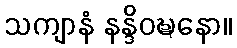
သကျာနံ နန္ဒိဝဎ္ဍနော။